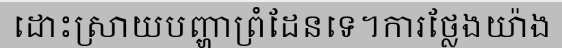
ដោះស្រាយបញ្ហាព្រំដែនទេ។ការថ្លែងយ៉ាង